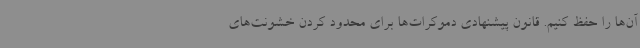
آن‌ها را حفظ کنیم. قانون پیشنهادی دموکرات‌ها برای محدود کردن خشونت‌های